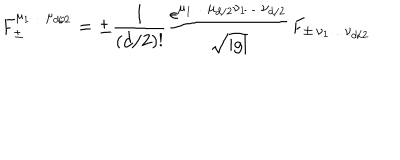
LaTeX: F _ { \pm } ^ { \mu _ { 1 } \ldots \mu _ { d / 2 } } = \pm \frac { 1 } { ( d / 2 ) ! } \frac { \epsilon ^ { \mu _ { 1 } \ldots \mu _ { d / 2 } \nu _ { 1 } \ldots \nu _ { d / 2 } } } { \sqrt { | g | } } F _ { \pm \, \nu _ { 1 } \ldots \nu _ { d / 2 } }